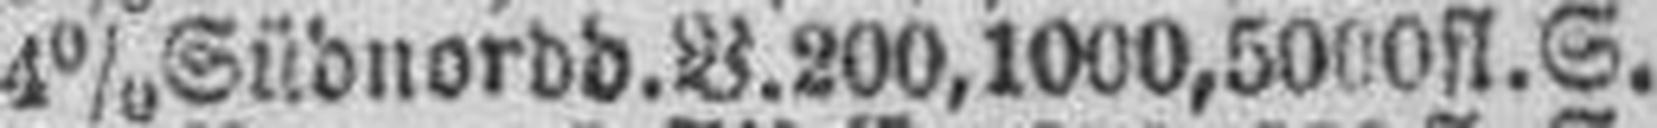
4% Südnordd. V. 200, 1000, 5000 fl. S.